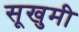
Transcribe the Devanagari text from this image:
सूखुमी